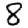
Digit: 8